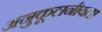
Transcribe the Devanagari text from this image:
अनुकूलनीयता